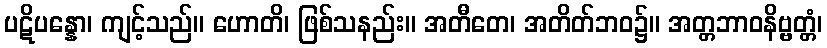
ပဋိပန္နော၊ ကျင့်သည်။ ဟောတိ၊ ဖြစ်သနည်း။ အတီတေ၊ အတိတ်ဘဝ၌။ အတ္တဘာဝနိဗ္ဗတ္တံ၊